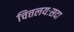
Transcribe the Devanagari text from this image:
चित्तलयःसदा